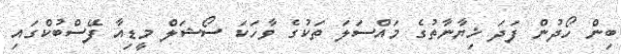
ބިން ހޯދުން ފަދަ ޚިޔާނާތުގެ މައްސަލަ ތަކުގެ ވާހަކަ ސޯޝަލް މީޑިއާ ފޭސްބުކްގައި